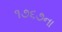
૧૭૬૭ના